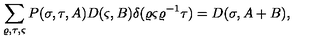
\sum _ { \varrho , \tau , \varsigma } P ( \sigma , \tau , A ) D ( \varsigma , B ) \delta ( \varrho \varsigma \varrho ^ { - 1 } \tau ) = D ( \sigma , A + B ) ,